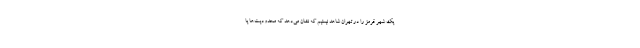
یک شهر قرمز را در تهران شاهد نیستیم که نشان می‌دهد که محدودیت‌ها یا